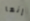
إنها